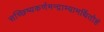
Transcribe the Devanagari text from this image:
सच्छिष्यकर्णमन्द्राभ्यामर्थितोहं